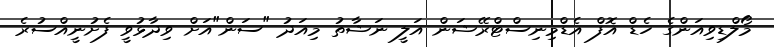
މޯލްޑިވިއަންގެ ހެޑް އޮފް އެޑްމިނިސްޓްރޭޝަން އަލީ ނަޝާތު މިއަދު "ސަން"އަށް ވިދާޅުވީ ފެށުނީއްސުރެ